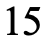
15